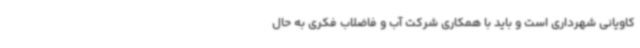
کاویانی شهرداری است و باید با همکاری شرکت آب و فاضلاب فکری به حال